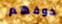
خوفهم